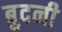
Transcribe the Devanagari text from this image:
बुदनी